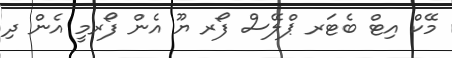
މޭކް އިޓް ބެޓަރ ޕްލޭސް ފޯރ ޔޫ އެން ފޯރމީ އެން ދި